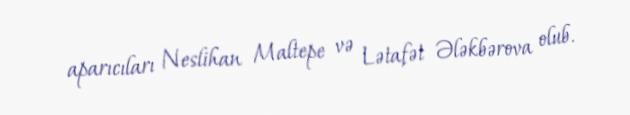
aparıcıları Neslihan Maltepe və Lətafət Ələkbərova olub.